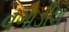
વગાડીશ